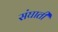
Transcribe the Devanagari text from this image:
संघाती